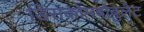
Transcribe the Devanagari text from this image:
डिसकोमबोबुलेट